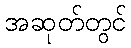
အဆုတ်တွင်